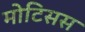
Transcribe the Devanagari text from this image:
मोटिसस